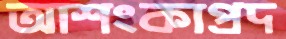
আশংকাপ্রদ